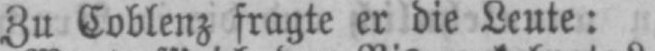
Zu Coblenz fragte er die Leute: